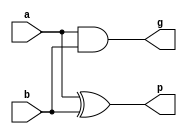
module pgu_4bits (a, b, p, g);
input [3:0] a, b;
output [3:0] p, g;
assign p = a ^ b;
assign g = a & b;
endmodule